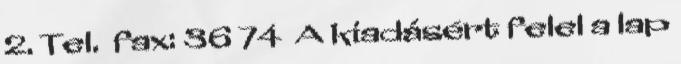
2. Tel. fax: 36 74 A kiadásért felel a lap